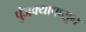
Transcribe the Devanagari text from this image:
पुंजक्यापासून